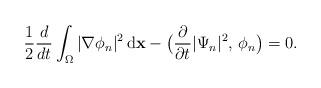
LaTeX: \begin{align*}\frac{1}{2}\frac{d}{dt}\int_{\Omega}|\nabla \phi_{n}|^{2} \,\mathrm{d}\mathbf{x} - \big(\frac{\partial}{\partial t} |\Psi_{n}|^{2},\,\phi_{n}\big) = 0.\end{align*}